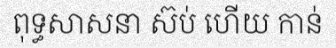
ពុទ្ធសាសនា ស៊ប់ ហើយ កាន់